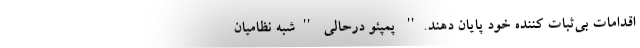
اقدامات بی‌ثبات کننده خود پایان دهند.'' پمپئو درحالی ''شبه نظامیان